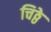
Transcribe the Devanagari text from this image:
चिठ्ठे